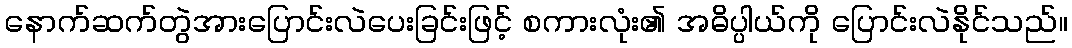
နောက်ဆက်တွဲအားပြောင်းလဲပေးခြင်းဖြင့် စကားလုံး၏ အဓိပ္ပါယ်ကို ပြောင်းလဲနိုင်သည်။